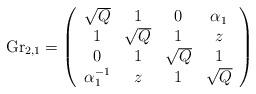
LaTeX: \begin{align*}\hbox{Gr}_{2,1}=\left(\begin{array}{ccccc}\sqrt{Q}&1&0&\alpha_1\\1&\sqrt{Q}&1&z\\0&1&\sqrt{Q}&1\\\alpha_1^{-1} &z&1&\sqrt{Q}\end{array} \right)\end{align*}